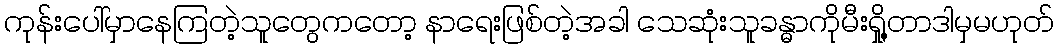
ကုန်းပေါ်မှာနေကြတဲ့သူတွေကတော့ နာရေးဖြစ်တဲ့အခါ သေဆုံးသူခန္ဓာကိုမီးရှို့တာဒါမှမဟုတ်